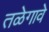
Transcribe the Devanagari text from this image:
तळेगावे